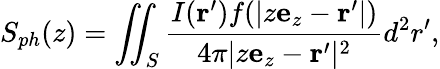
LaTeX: S_{ph}(z)=\iint_{S}\frac{I({{\mathbf r}^{\prime}})f(|z{\mathbf e}_{z}-{\mathbf r^{\prime}}|)}{4\pi|z{\mathbf e}_{z}-{\mathbf r^{\prime}}|^{2}}d^{2}r^{\prime},